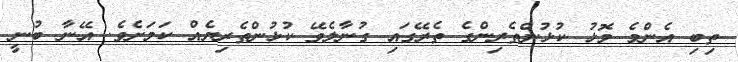
ތިބި އެންމެ މޮޅު ކުޅުންތެރިންގެ ތެރޭގައި ގުނާލެވޭ ކުޅުންތެރިޔެއް ކަމަށެވެ. އޭނާ ބުނީ